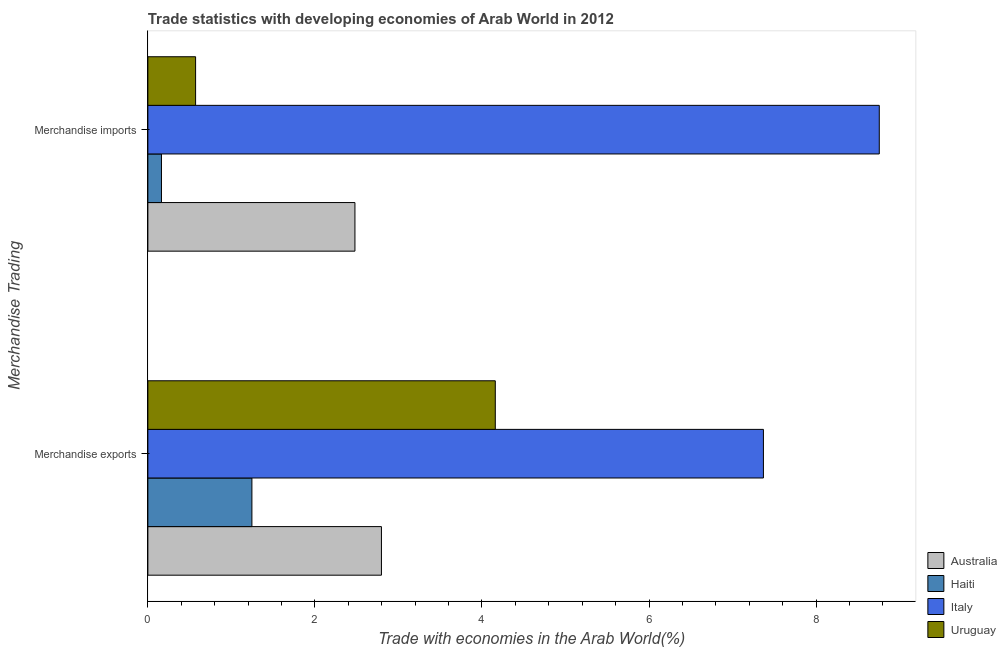
| Merchandise Trading | Australia | Haiti | Italy | Uruguay |
 | --- | --- | --- | --- | --- |
 | Merchandise exports | 2.8 | 1.25 | 7.37 | 4.16 |
 | Merchandise imports | 2.48 | 0.163 | 8.76 | 0.571 |